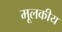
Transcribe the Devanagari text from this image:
मूलकीय